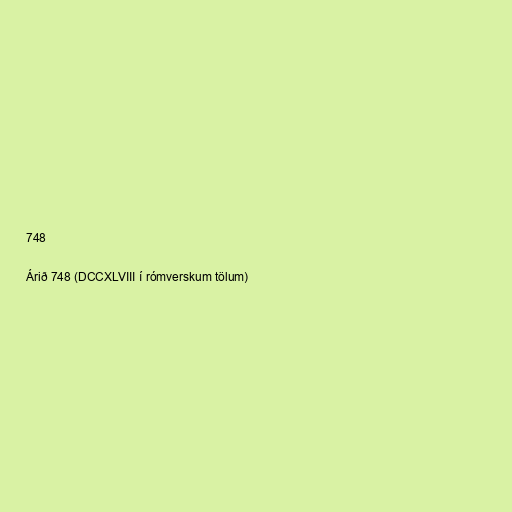
748

Árið 748 (DCCXLVIII í rómverskum tölum)